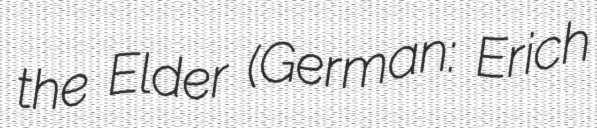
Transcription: the Elder (German: Erich